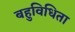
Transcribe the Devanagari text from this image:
बहुविधिता